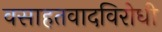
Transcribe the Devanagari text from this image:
वसाहतवादविरोधी